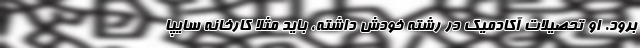
برود. او تحصیلات آکادمیک در رشته خودش داشته، باید مثلاً کارخانه سایپا